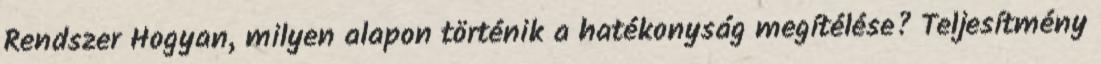
Rendszer Hogyan, milyen alapon történik a hatékonyság megítélése? Teljesítmény